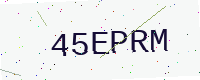
Text: 45EPRM